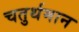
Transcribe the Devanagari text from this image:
चतुर्थमान